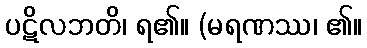
ပဋိလဘတိ၊ ရ၏။ (မရဏဿ၊ ၏။